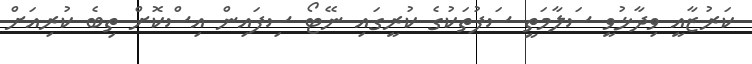
ކަރުޒާއީ ވިދާޅުވީ ސަލާމަތީ ސަފުތަކުގެ ކުރީގައި ނޭޓޯ ސިފައިން އިސްކޮށް ތިބެ ކުރިއަށް